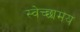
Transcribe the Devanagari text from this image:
स्वेच्छामय